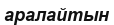
аралайтын